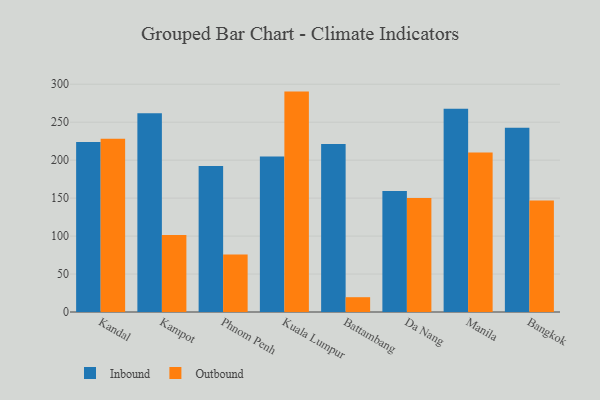
{"axis": {"x": "City", "y": "Production Output"}, "legend": ["Inbound", "Outbound"], "data": [{"x": "Kandal", "y": 223.9, "type": "Inbound"}, {"x": "Kandal", "y": 228.1, "type": "Outbound"}, {"x": "Kampot", "y": 261.7, "type": "Inbound"}, {"x": "Kampot", "y": 101.4, "type": "Outbound"}, {"x": "Phnom Penh", "y": 192.2, "type": "Inbound"}, {"x": "Phnom Penh", "y": 75.8, "type": "Outbound"}, {"x": "Kuala Lumpur", "y": 204.9, "type": "Inbound"}, {"x": "Kuala Lumpur", "y": 290.3, "type": "Outbound"}, {"x": "Battambang", "y": 221.4, "type": "Inbound"}, {"x": "Battambang", "y": 19.5, "type": "Outbound"}, {"x": "Da Nang", "y": 159.4, "type": "Inbound"}, {"x": "Da Nang", "y": 150.3, "type": "Outbound"}, {"x": "Manila", "y": 267.7, "type": "Inbound"}, {"x": "Manila", "y": 210.0, "type": "Outbound"}, {"x": "Bangkok", "y": 242.6, "type": "Inbound"}, {"x": "Bangkok", "y": 146.9, "type": "Outbound"}]}